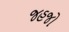
જહજો